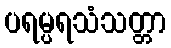
ပရမ္ပရသံသတ္တာ